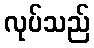
လုပ်သည်